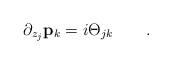
LaTeX: \begin{align*}\partial_{z_j}{\bf p}_k = i \Theta_{jk} \qquad .\end{align*}